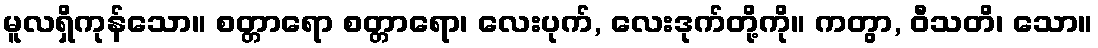
မူလရှိကုန်သော။ စတ္တာရော စတ္တာရော၊ လေးပုက်, လေးဒုက်တို့ကို။ ကတွာ, ဝီသတိ၊ သော။